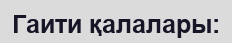
Гаити қалалары: